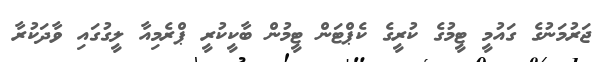
ޖަރުމަނުގެ ގައުމީ ޓީމުގެ ކުރީގެ ކެޕްޓަން ޓީމުން ބާކީކުރީ ޕްރެމިއާ ލީގުގައި ވާދަކުރާ